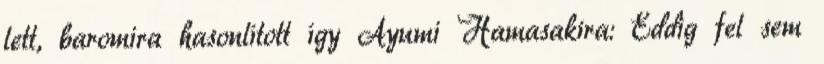
lett, baromira hasonlított így Ayumi Hamasakira: Eddig fel sem